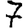
Digit: 7